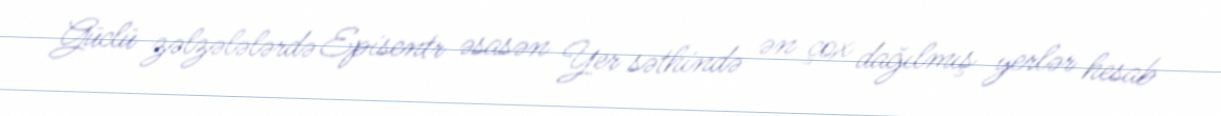
Güclü zəlzələlərdə Episentr əsasən Yer səthində ən çox dağılmış yerlər hesab